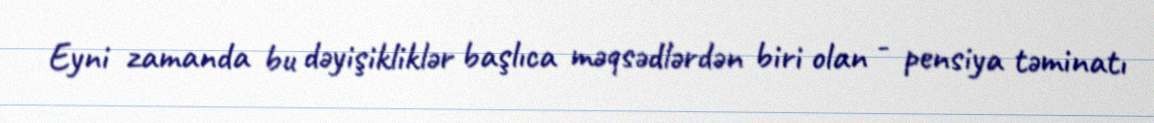
Eyni zamanda bu dəyişikliklər başlıca məqsədlərdən biri olan - pensiya təminatı